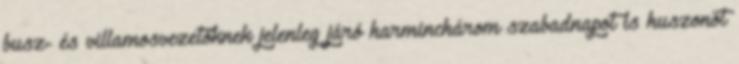
busz- és villamosvezetőknek jelenleg járó harminchárom szabadnapot is huszonöt